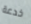
خدعة